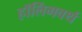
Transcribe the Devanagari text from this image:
हॉलिंगवर्थ